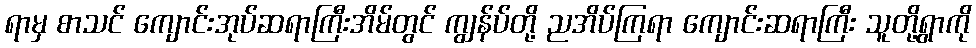
ရာမှ စာသင် ကျောင်းအုပ်ဆရာကြီးအိမ်တွင် ကျွန်ပ်တို့ ညအိပ်ကြရာ ကျောင်းဆရာကြီး သူတို့ရွာကို